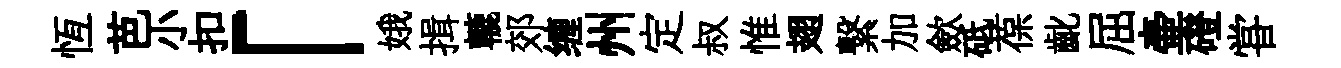
恆芭小扣「娥揖轆郊缠州定叔惟翅繋加歛砥葆齔屈壷磴甞